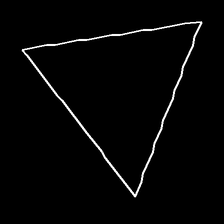
Glyph: convergence